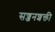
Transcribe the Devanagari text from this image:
सज्जनशक्ती